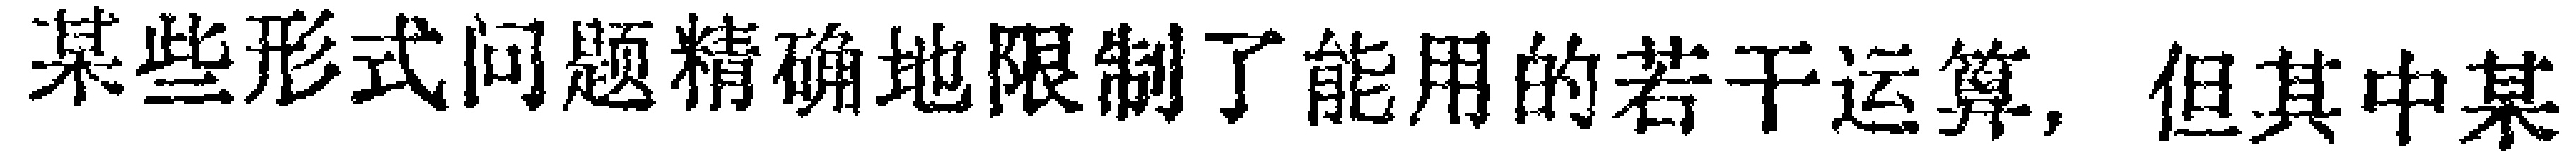
某些形式问题精确地限制了能用的若干运算，但其中某